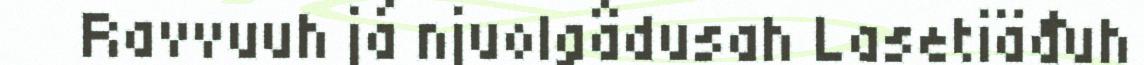
Ravvuuh já njuolgâdusah Lasetiäđuh